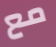
مع